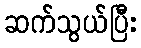
ဆက်သွယ်ပြီး